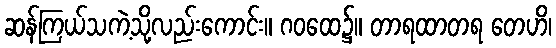
ဆန်ကြယ်သကဲ့သို့လည်းကောင်း။ ဂဝထေ၌။ တာရထာတရ တေဟိ၊